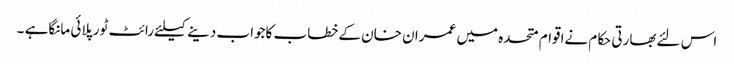
اس لئےبھارتی حکام نےاقوام متحدہ میں عمران خان کےخطاب کاجواب دینےکیلئےرائٹ ٹورپلائی مانگاہے ۔